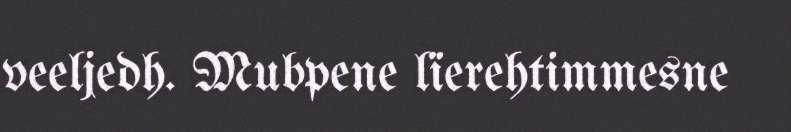
veeljedh. Mubpene lïerehtimmesne